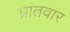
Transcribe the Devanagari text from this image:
प्रांतवार